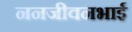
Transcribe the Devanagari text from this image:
ननजीवनभाई